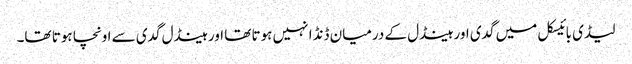
لیڈی بائیسکل میں گدی اور ہینڈل کے درمیان ڈنڈا نہیں ہوتا تھا اور ہینڈل گدی سے اونچا ہوتا تھا۔